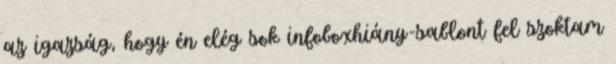
az igazság, hogy én elég sok infoboxhiány-sablont fel szoktam